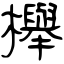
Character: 櫸